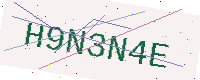
Text: H9N3N4E